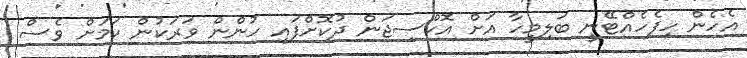
އެހެން ހިފެހެއްޓޭނީ ބަލިމީހާ އަށް އޮކްސިޖަން ދުކޮށްފައި ހުންން ވަރަކުން ކަމަށް ވެސް